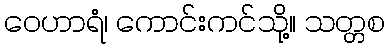
ဝေဟာရံ၊ ကောင်းကင်သို့။ သတ္တစ